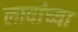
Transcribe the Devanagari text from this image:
लावांच्या